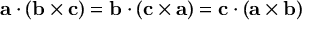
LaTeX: \mathbf { a } \cdot ( \mathbf { b } \times \mathbf { c } ) = \mathbf { b } \cdot ( \mathbf { c } \times \mathbf { a } ) = \mathbf { c } \cdot ( \mathbf { a } \times \mathbf { b } )